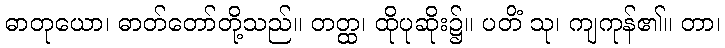
ဓာတုယော၊ ဓာတ်တော်တို့သည်။ တတ္ထ၊ ထိုပုဆိုး၌။ ပတိံ သု၊ ကျကုန်၏။ တာ၊